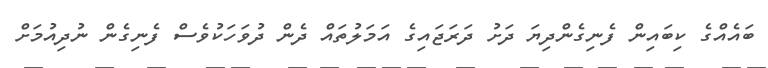
ބައެއްގެ ކިބައިން ފެނިގެންދިޔަ ދަށު ދަރަަޖައިގެ އަމަލުތައް ދެން ދުވަހަކުވެސް ފެނިގެން ނުދިއުމަށް